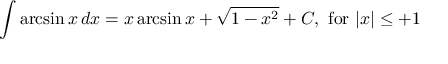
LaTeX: \int \arcsin { x } \, d x = x \arcsin { x } + { \sqrt { 1 - x ^ { 2 } } } + C , { \mathrm { ~ f o r ~ } } \vert x \vert \leq + 1